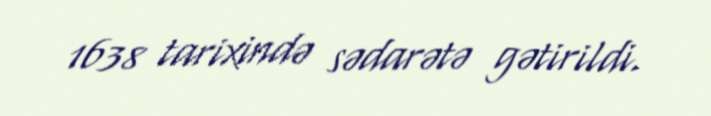
1638 tarixində sədarətə gətirildi.